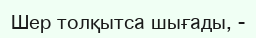
Шер толқытса шығады, -